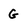
Character: G